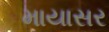
માયાસર